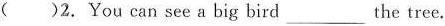
()2.You can see a big bird___the tree.